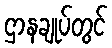
ဌာနချုပ်တွင်